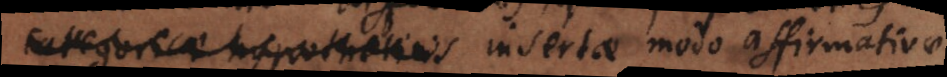
categoricae hypotheticis insertae modo affirmativae